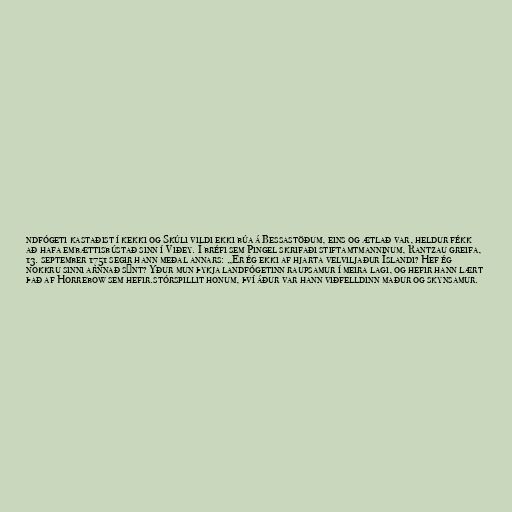
ndfógeti kastaðist í kekki og Skúli vildi ekki búa á Bessastöðum, eins og ætlað var, heldur fékk
að hafa embættisbústað sinn í Viðey. Í bréfi sem Pingel skrifaði stiftamtmanninum, Rantzau greifa,
13. september 1751 segir hann meðal annars: „Er ég ekki af hjarta velviljaður Íslandi? Hef ég
nokkru sinni arnnað sýnt? Yður mun þykja landfógetinn raupsamur í meira lagi, og hefir hann lært
það af Horrebow sem hefir.stórspillit honum, því áður var hann viðfelldinn maður og skynsamur.